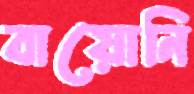
বায়োনি